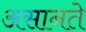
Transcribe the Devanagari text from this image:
असानते